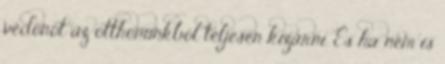
védõnõt az otthonunkból teljesen kizárni. És ha nem is